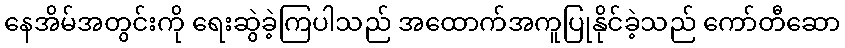
နေအိမ်အတွင်းကို ရေးဆွဲခဲ့ကြပါသည် အထောက်အကူပြုနိုင်ခဲ့သည် ကော်တီဆော